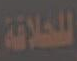
للحلاقة